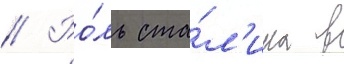
// Ро́ль ста́л'ина в